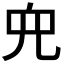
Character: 𫤘